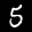
Label: 5